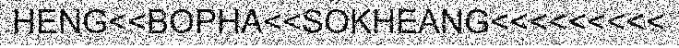
HENG<<BOPHA<<SOKHEANG<<<<<<<<<